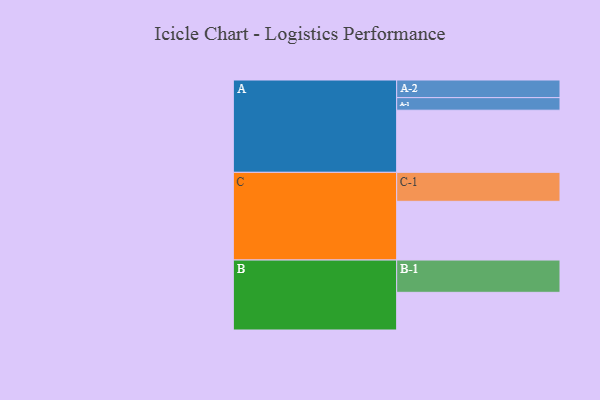
{"axis": {"x": "Segment", "y": "Value"}, "legend": ["", "A", "B", "C"], "data": [{"x": "A", "y": 564, "type": ""}, {"x": "B", "y": 342, "type": ""}, {"x": "C", "y": 533, "type": ""}, {"x": "A-1", "y": 114, "type": "A"}, {"x": "A-2", "y": 160, "type": "A"}, {"x": "B-1", "y": 293, "type": "B"}, {"x": "C-1", "y": 263, "type": "C"}]}